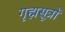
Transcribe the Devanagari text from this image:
गृह्मसूत्रों